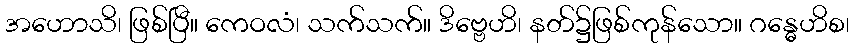
အဟောသိ၊ ဖြစ်ပြီ။ ကေဝလံ၊ သက်သက်။ ဒိဗ္ဗေဟိ၊ နတ်၌ဖြစ်ကုန်သော။ ဂန္ဓေဟိစ၊